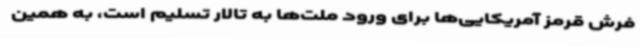
فرش قرمز آمریکایی‌ها برای ورود ملت‌ها به تالار تسلیم است، به همین